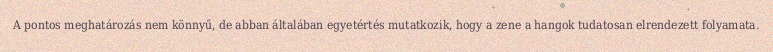
A pontos meghatározás nem könnyű, de abban általában egyetértés mutatkozik, hogy a zene a hangok tudatosan elrendezett folyamata.